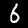
Digit: 6